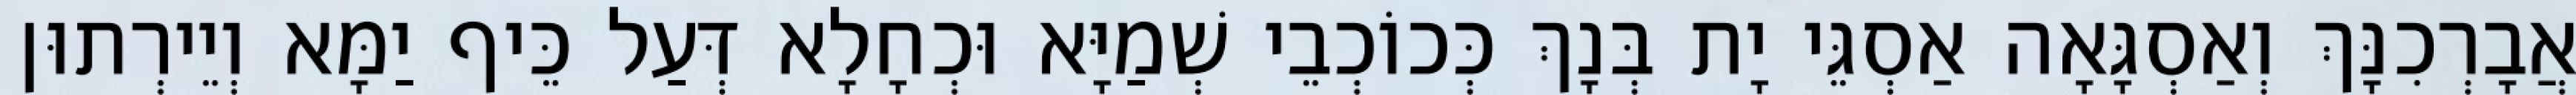
אֲבָרְכִנָּךְ וְאַסְגָּאָה אַסְגֵּי יָת בְּנָךְ כְּכוֹכְבֵי שְׁמַיָּא וּכְחָלָא דְּעַל כֵּיף יַמָּא וְיֵירְתוּן